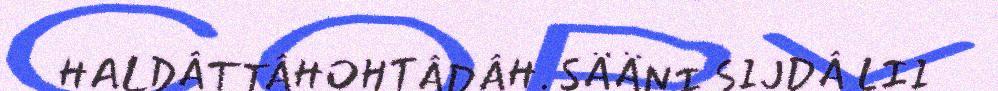
HALDÂTTÂHOHTÂDÂH. SÄÄNI SIJDÂ LII